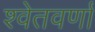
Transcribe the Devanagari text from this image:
श्वेतवर्णां